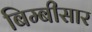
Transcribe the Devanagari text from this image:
बिम्बीसार